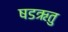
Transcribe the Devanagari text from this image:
षडऋतु